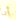
أنا